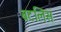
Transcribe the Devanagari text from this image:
बटलिंस